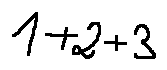
1 + 2 + 3